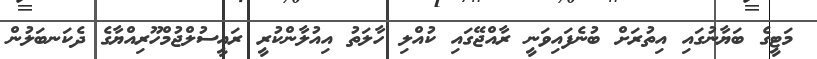
މަޓީގެ ބަޔާނުގައި އިތުރަށް ބުނެފައިވަނީ ރާއްޖޭގައި ކުއްލި ހާލަތު އިއުލާންކުރީ ރައީސުލްޖުމްހޫރިއްޔާގެ ދެކަނބަލުން